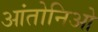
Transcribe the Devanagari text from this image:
आंतोनिओ